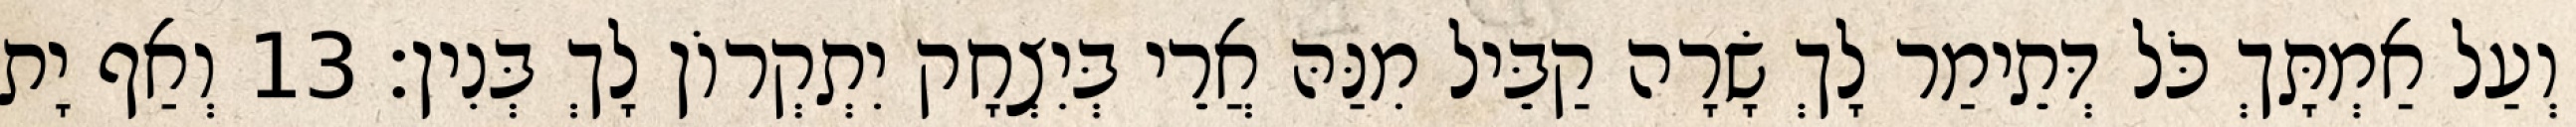
וְעַל אַמְתָּךְ כֹּל דְּתֵימַר לָךְ שָׂרָה קַבֵּיל מִנַּהּ אֲרֵי בְּיִצְחָק יִתְקְרוֹן לָךְ בְּנִין׃ 13 וְאַף יָת